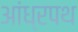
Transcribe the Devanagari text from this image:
आंध्रपथ